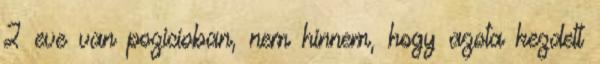
2 eve van pozicioban, nem hinnem, hogy azota kezdett